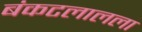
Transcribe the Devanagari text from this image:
बंकटलालला